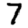
Digit: 7